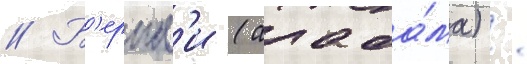
// Б'ернл'и (алаба́ма) /